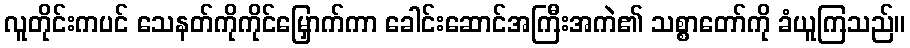
လူတိုင်းကပင် သေနတ်ကိုကိုင်မြှောက်ကာ ခေါင်းဆောင်အကြီးအကဲ၏ သစ္စာတော်ကို ခံယူကြသည်။